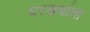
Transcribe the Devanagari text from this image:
घरखर्चाला